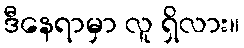
ဒီနေရာမှာ လူ ရှိလား။